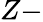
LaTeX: Z-